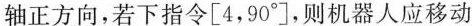
轴正方向，若下指令[4，90^{\circ}]，则机器人应移动